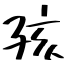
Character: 孩